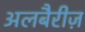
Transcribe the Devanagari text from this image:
अलबैरीज़